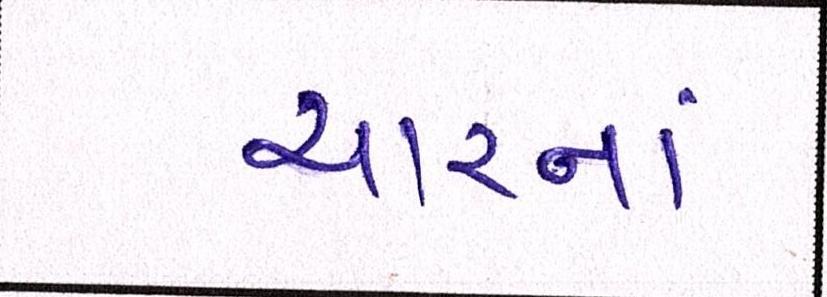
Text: ચારનાં